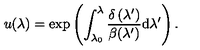
u ( \lambda ) = \exp \left( \int _ { \lambda _ { 0 } } ^ { \lambda } \frac { \delta \left( \lambda ^ { \prime } \right) } { \beta ( \lambda ^ { \prime } ) } \mathrm { d } \lambda ^ { \prime } \right) .